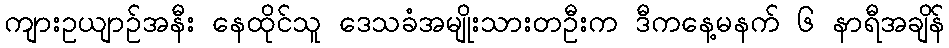
ကျားဥယျာဉ်အနီး နေထိုင်သူ ဒေသခံအမျိုးသားတဦးက ဒီကနေ့မနက် ၆ နာရီအချိန်